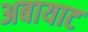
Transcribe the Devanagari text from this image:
अबायाट